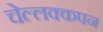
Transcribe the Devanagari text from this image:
चेल्लक्कपन